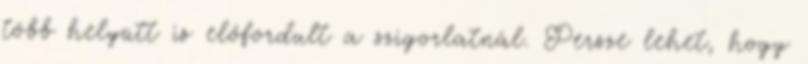
több helyütt is előfordult a szigorlatnál. Persze lehet, hogy